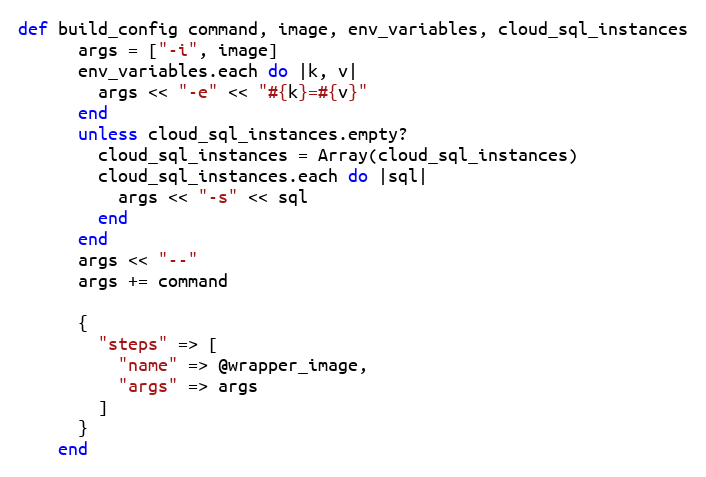
Language: Ruby
def build_config command, image, env_variables, cloud_sql_instances
      args = ["-i", image]
      env_variables.each do |k, v|
        args << "-e" << "#{k}=#{v}"
      end
      unless cloud_sql_instances.empty?
        cloud_sql_instances = Array(cloud_sql_instances)
        cloud_sql_instances.each do |sql|
          args << "-s" << sql
        end
      end
      args << "--"
      args += command

      {
        "steps" => [
          "name" => @wrapper_image,
          "args" => args
        ]
      }
    end